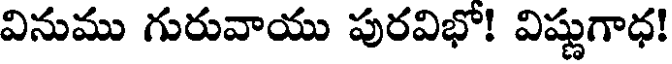
వినుము గురువాయు పురవిభో! విష్ణుగాధ!